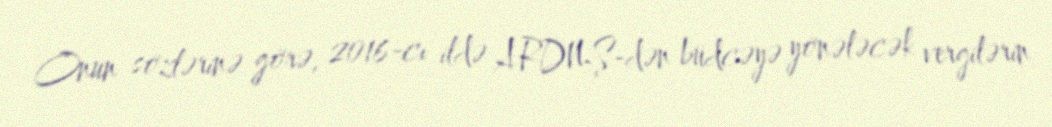
Onun sözlərinə görə, 2016-cı ildə ARDNŞ-dən büdcəyə yönələcək vergilərin